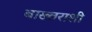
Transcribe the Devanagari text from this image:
बाख्तराशी